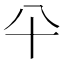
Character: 𰅭